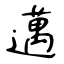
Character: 邁